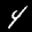
Label: 4